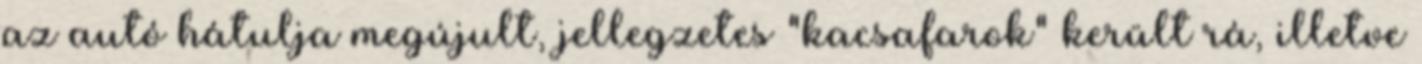
az autó hátulja megújult, jellegzetes "kacsafarok" került rá, illetve